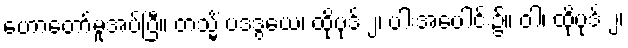
ဟောတော်မူအပ်ပြီ။ တသ္မိံ ပဒဒွယေ၊ ထိုပုဒ် ၂၊ ပါးအပေါင်း၌။ ဝါ၊ ထိုပုဒ် ၂၊